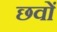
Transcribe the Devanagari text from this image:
छवों